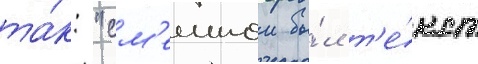
та́к: "см'ешнои бы́л т'е́кст